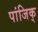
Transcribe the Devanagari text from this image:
पांजिक्